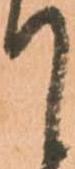
て